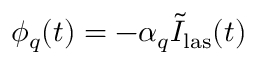
\phi _ { q } ( t ) = - \alpha _ { q } \tilde { I } _ { \mathrm { l a s } } ( t )